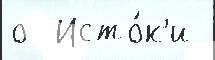
о  Исто́к'и